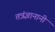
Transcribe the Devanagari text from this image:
तत्रंज्ञानानी